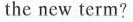
the new term?